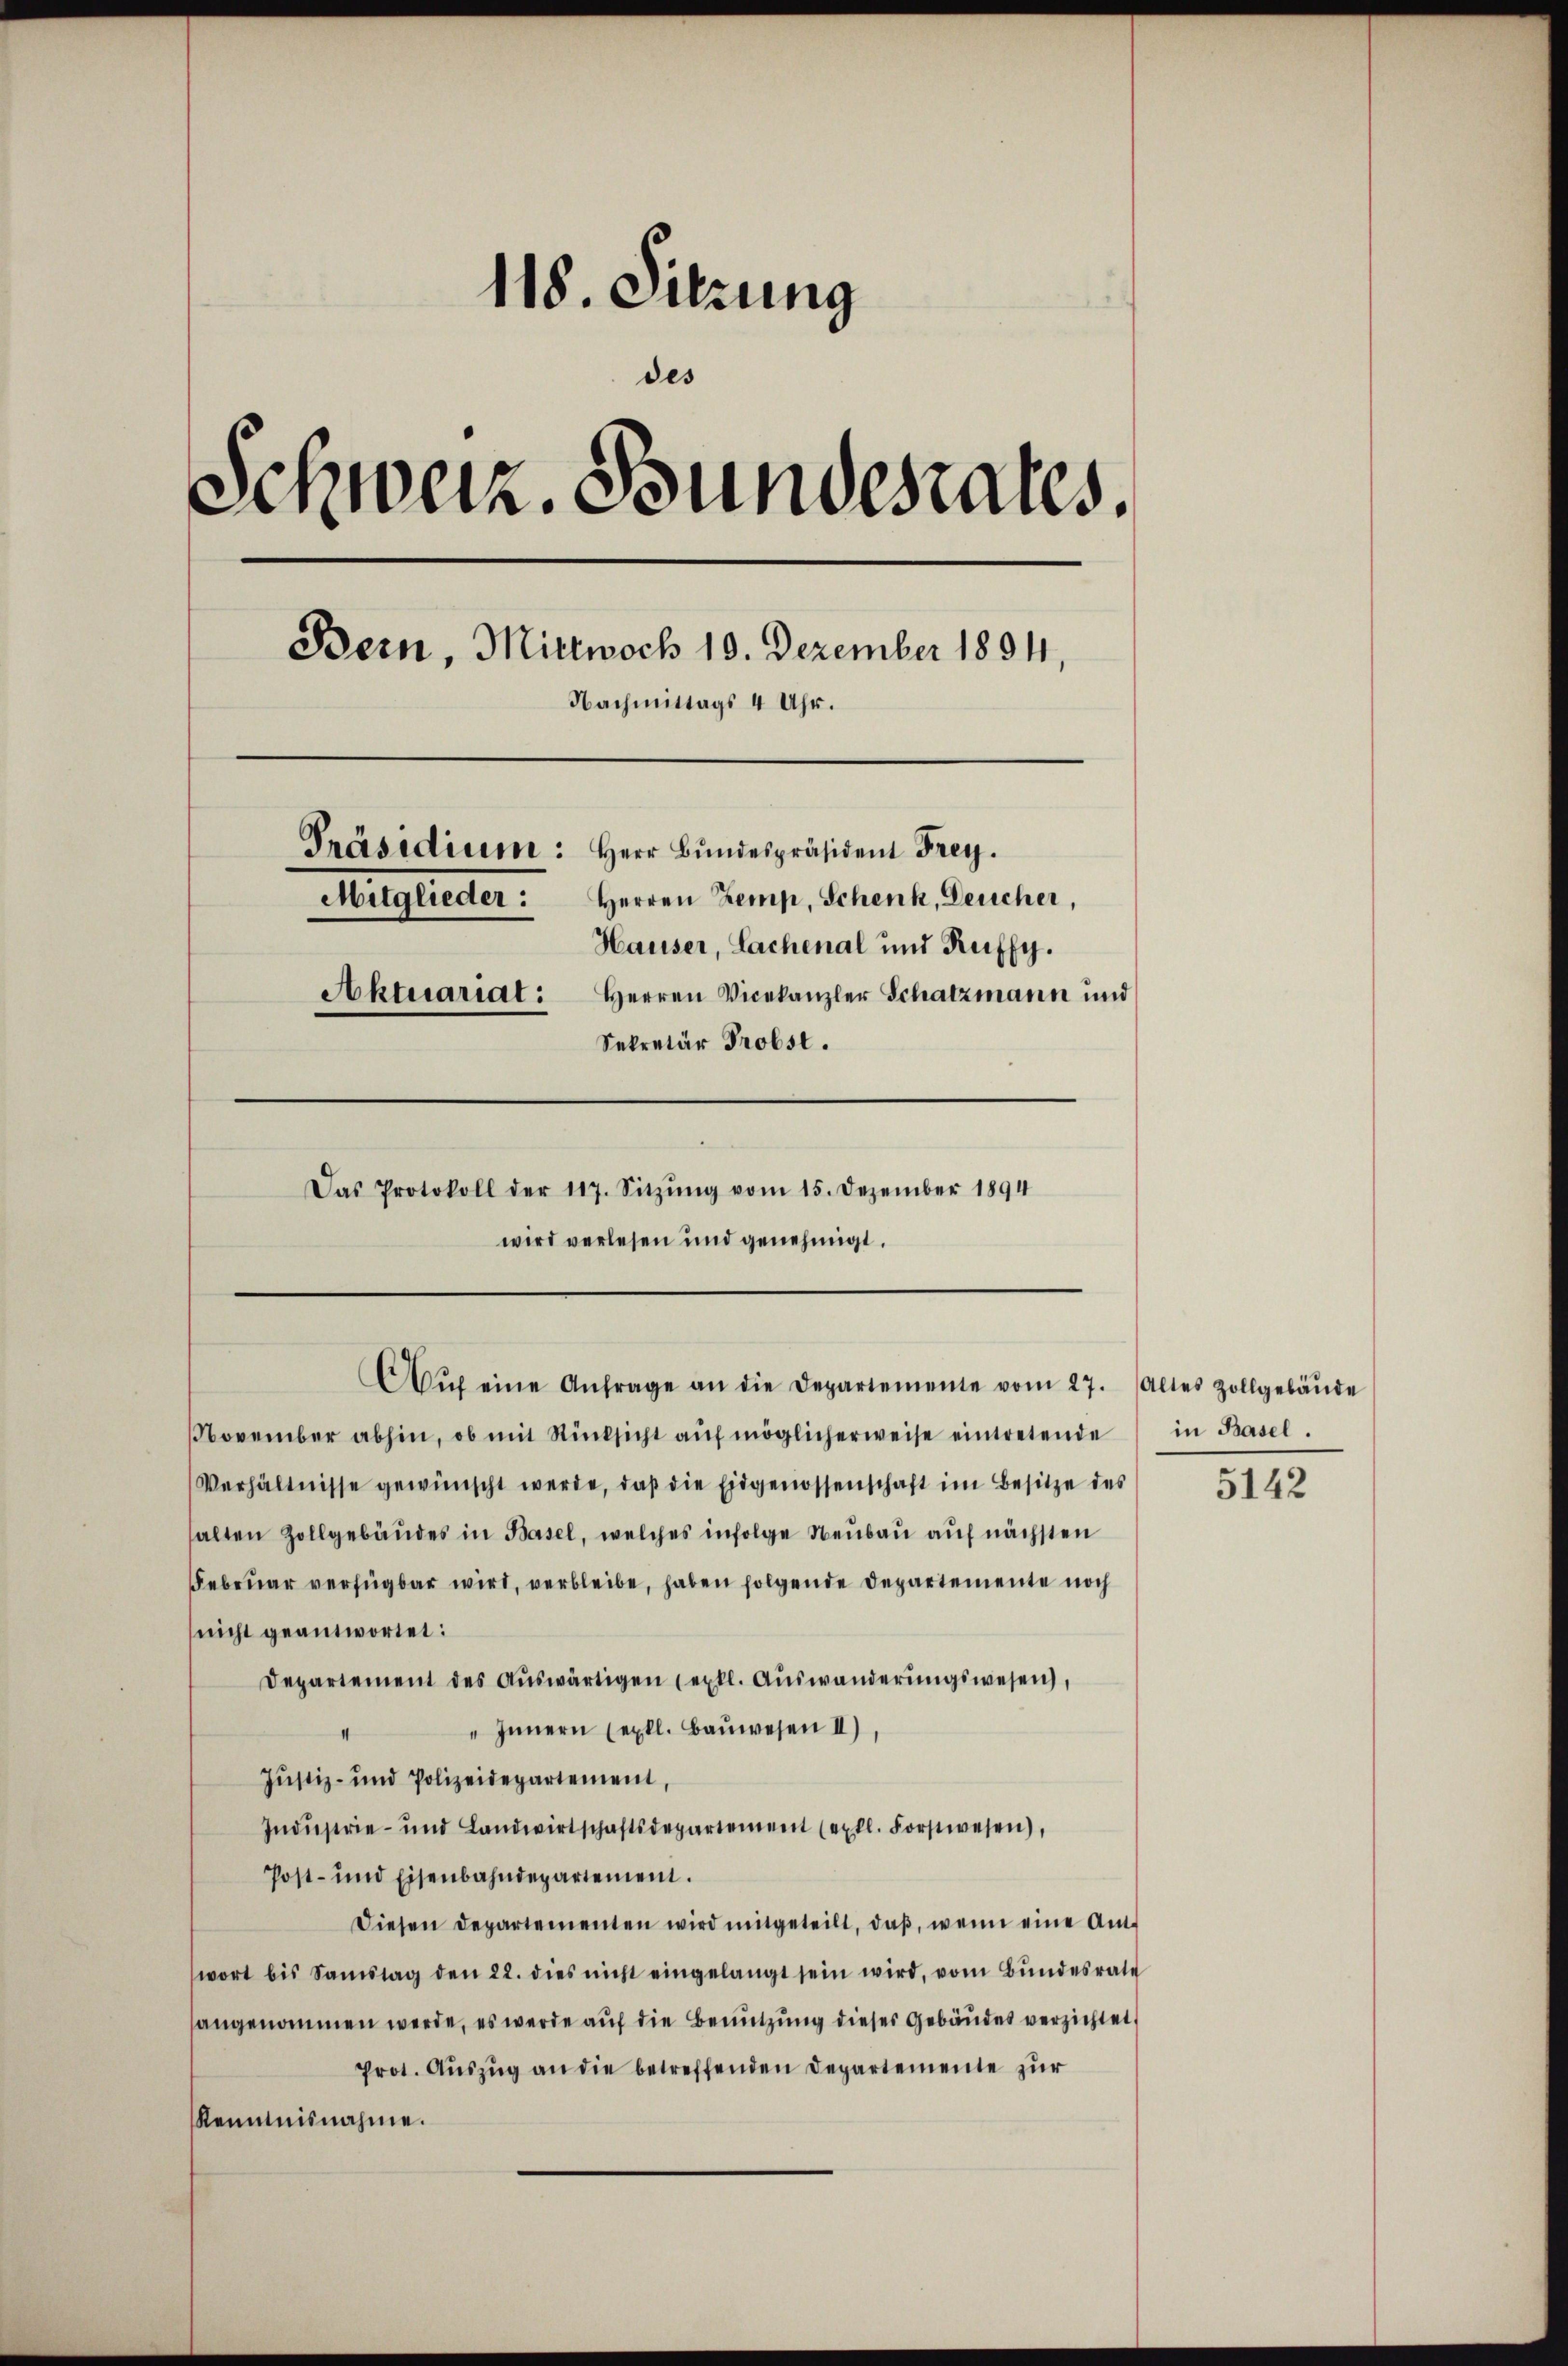
118. Sitzung
des
Schweiz. Bundesrates.
Bern, Mittwoch 19. Dezember 1894,
Nachmittags 4 Uhr.
Präsidium: Herr Bundespräsident Frey.
Herren Kemp, Schenk, Deucher,
Mitglieder:
Hauser, Lachenal und Ruffy.
Aktuariat: Herren Vicekanzler Schatzmann und
Sekretär Probst.
Das Protokoll der 117. Sitzŭng vom 15. Dezember 1894
wird verlesen und genehmigt.

NNovember abhin, ob mit Rücksicht aŭf möglicherweise eintretende
Verhältnisse gewünscht werde, daβ die Eidgenossenschaft im Besitze des
halten Zollgebäŭdes in Basel, welches infolge Neubau auf nächsten
Februar verfügbar wird, verbleibe, haben folgende Departemente noch
nicht geantwortet:
Departement des Aŭswärtigen (extl. Auswanderŭngswesen,
" Innern (exll. Baŭwesen II)
I
Justiz- und Polizeidepartement,
Indŭstrie- und Landwirtschaftsdepartement (extl. Forstwesen),
Post- und Eisenbahndepartement.
Diesen Departementen wird mitgeteilt, daß, wenn eine Amwort bis Samstag den 22. dies nicht eingelangt sein wird, vom Bŭndesrate
angenommen werde, es werde auf die Benutzung dieses Gebäudes verzichtet,
Prot. Auszug an die betreffenden Departemente zur
Kenntnisnahme.

Aŭf eine Anfrage an die Departemente vom 27. Altes Zollgebäŭde

in Basel.

5142